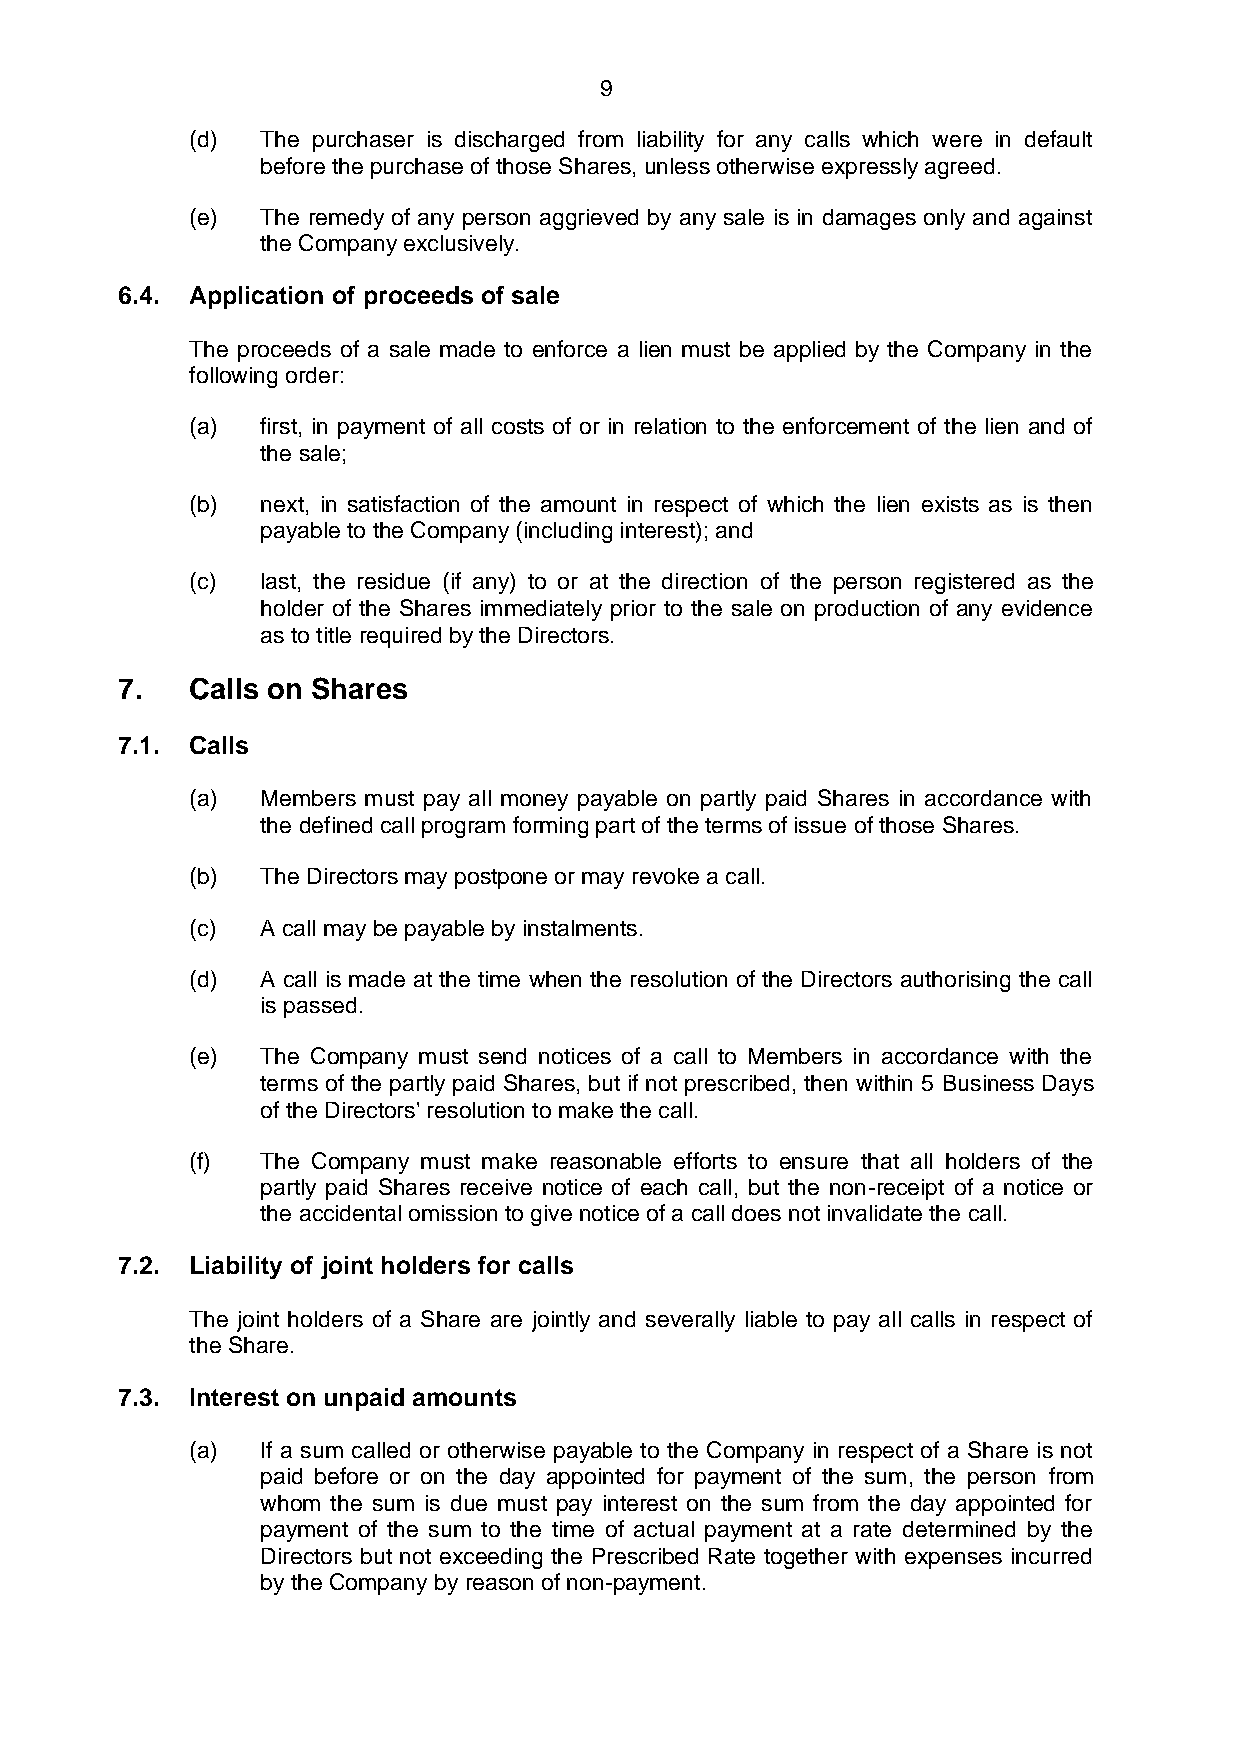
9
 (d) The purchaser is discharged from liability for any calls which were in default
 before the purchase of those Shares, unless otherwise expressly agreed.
 (e) The remedy of any person aggrieved by any sale is in damages only and against
 the Company exclusively.
 6.4. Application of proceeds of sale
 The proceeds of a sale made to enforce a lien must be applied by the Company in the
 following order:
 (a) first, in payment of all costs of or in relation to the enforcement of the lien and of
 the sale;
 (b) next, in satisfaction of the amount in respect of which the lien exists as is then
 payable to the Company (including interest); and
 (c) last, the residue (if any) to or at the direction of the person registered as the
 holder of the Shares immediately prior to the sale on production of any evidence
 as to title required by the Directors.
 7.   Calls on Shares
 7.1. Calls
 (a) Members must pay all money payable on partly paid Shares in accordance with
 the defined call program forming part of the terms of issue of those Shares.
 (b) The Directors may postpone or may revoke a call.
 (c) A call may be payable by instalments.
 (d) A call is made at the time when the resolution of the Directors authorising the call
 is passed.
 (e) The Company must send notices of a call to Members in accordance with the
 terms of the partly paid Shares, but if not prescribed, then within 5 Business Days
 of the Directors' resolution to make the call.
 (f) The Company must make reasonable efforts to ensure that all holders of the
 partly paid Shares receive notice of each call, but the non-receipt of a notice or
 the accidental omission to give notice of a call does not invalidate the call.
 7.2. Liability of joint holders for calls
 The joint holders of a Share are jointly and severally liable to pay all calls in respect of
 the Share.
 7.3. Interest on unpaid amounts
 (a) If a sum called or otherwise payable to the Company in respect of a Share is not
 paid before or on the day appointed for payment of the sum, the person from
 whom the sum is due must pay interest on the sum from the day appointed for
 payment of the sum to the time of actual payment at a rate determined by the
 Directors but not exceeding the Prescribed Rate together with expenses incurred
 by the Company by reason of non-payment.